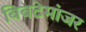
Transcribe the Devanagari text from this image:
बिबटेमांजर